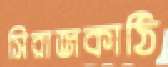
সিরাজকাঠি